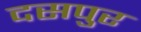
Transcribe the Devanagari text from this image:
दसपुर